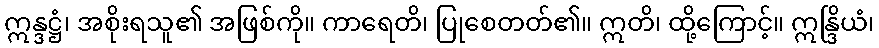
ဣန္ဒဋ္ဌံ၊ အစိုးရသူ၏ အဖြစ်ကို။ ကာရေတိ၊ ပြုစေတတ်၏။ ဣတိ၊ ထို့ကြောင့်။ ဣန္ဒြိယံ၊